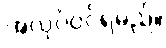
အလုပ်ဝင်ရမည်။